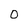
Character: 0